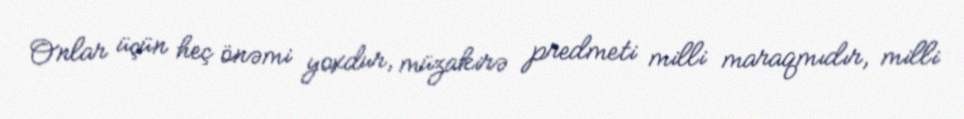
Onlar üçün heç önəmi yoxdur, müzakirə predmeti milli maraqmıdır, milli